Indian journal of veterinary science and animal husbandry - Volume 1,
Year: 1931
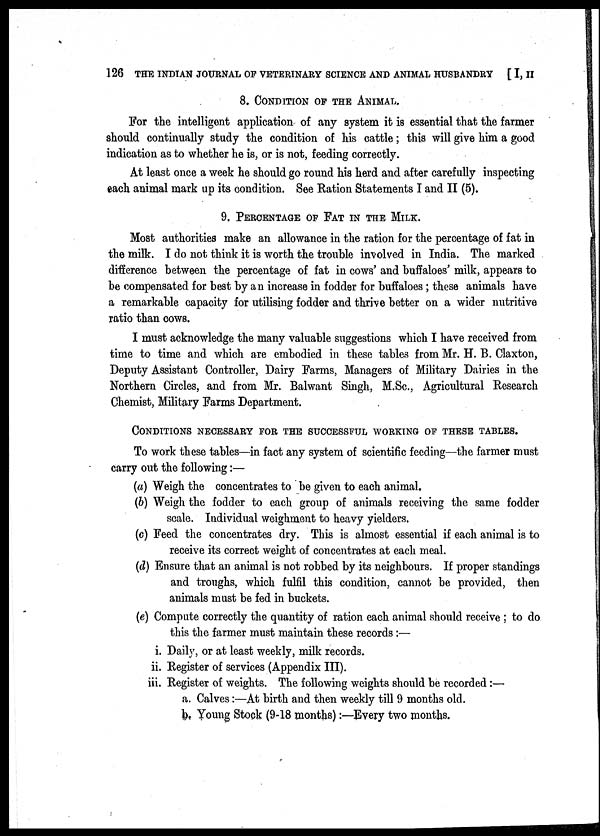
126 THE INDIAN JOURNAL OF VETERINARY SCIENCE AND ANIMAL HUSBANDRY [ I, II
8. CONDITION OF THE ANIMAL.
For the intelligent application of any system it is essential that the farmer
should continually study the condition of his cattle; this will give him a good
indication as to whether he is, or is not, feeding correctly.
At least once a week he should go round his herd and after carefully inspecting
each animal mark up its condition. See Ration Statements I and II (5).
9. PERCENTAGE OF FAT IN THE MILK.
Most authorities make an allowance in the ration for the percentage of fat in
the milk. I do not think it is worth the trouble involved in India. The marked
difference between the percentage of fat in cows' and buffaloes' milk, appears to
be compensated for best by an increase in fodder for buffaloes ; these animals have
a remarkable capacity for utilising fodder and thrive better on a wider nutritive
ratio than cows.
I must acknowledge the many valuable suggestions which I have received from
time to time and which are embodied in these tables from Mr. H. B. Claxton,
Deputy Assistant Controller, Dairy Farms, Managers of Military Dairies in the
Northern Circles, and from Mr. Balwant Singh, M.Sc., Agricultural Research
Chemist, Military Farms Department.
CONDITIONS NECESSARY FOR THE SUCCESSFUL WORKING OF THESE TABLES.
To work these tables—in fact any system of scientific feeding—the farmer must
carry out the following:—
(a) Weigh the concentrates to be given to each animal.
(b) Weigh the fodder to each group of animals receiving the same fodder
scale. Individual weighment to heavy yielders.
(c) Feed the concentrates dry. This is almost essential if each animal is to
receive its correct weight of concentrates at each meal.
(d) Ensure that an animal is not robbed by its neighbours. If proper standings
and troughs, which fulfil this condition, cannot be provided, then
animals must be fed in buckets.
(e) Compute correctly the quantity of ration each animal should receive ; to do
this the farmer must maintain these records:—
i. Daily, or at least weekly, milk records.
ii. Register of services (Appendix III).
iii. Register of weights. The following weights should be recorded:—
a. Calves :—At birth and then weekly till 9 months old.
b. Young Stock (9-18 months):—Every two months.